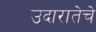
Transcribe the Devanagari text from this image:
उदारातेचे